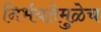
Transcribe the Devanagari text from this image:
निर्भयतेमुळेच